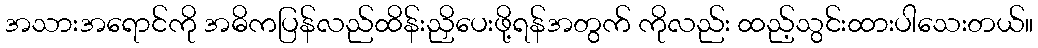
အသားအရောင်ကို အဓိကပြန်လည်ထိန်းညှိပေးဖို့ရန်အတွက် ကိုလည်း ထည့်သွင်းထားပါသေးတယ်။